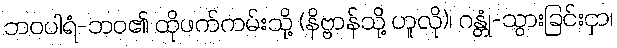
ဘဝပါရံ-ဘဝ၏ ထိုဖက်ကမ်းသို့ (နိဗ္ဗာန်သို့ ဟူလို)၊ ဂန္တုံ-သွားခြင်းငှာ၊